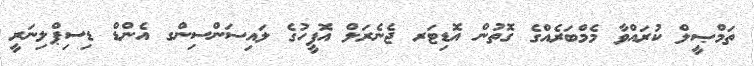
ތަމްޞީލް ކުރައްވާ މެމްބަރެއްގެ ގޮތުން އޮޑިޓަރ ޖެނެރަލް އޮފީހުގެ ލައިސަންސިންގ އެންޑް ޑިސިޕްލިނަރީ